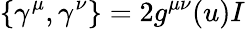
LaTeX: \left\{ \gamma^{\mu},\gamma^{\nu}\right\} =2g^{\mu\nu}(u)I